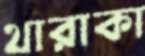
থারাকা